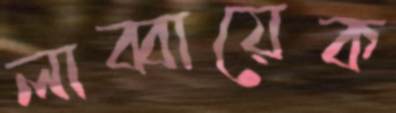
লাব্বায়েক